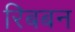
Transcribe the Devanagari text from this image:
रिबबन